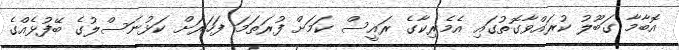
އޮބާމާ ގަބޫލު ކުރައްވާގޮތުގައި އެމެރިކާގެ ރައީސް ކަމަށް ފުރަތަމަ ފަހަރަށް ކަޅުނަސްލުގެ ބޭފުޅެއްގެ